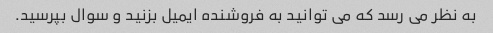
به نظر می رسد که می توانید به فروشنده ایمیل بزنید و سوال بپرسید.